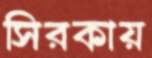
সিরকায়